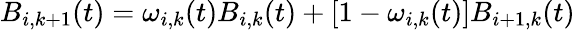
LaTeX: B_{i,{k+1}}(t)=\omega_{i,k}(t)B_{i,k}(t)+[1-\omega_{i,k}(t)]B_{i+1,k}(t)